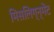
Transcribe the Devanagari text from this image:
मिसलिग्न्मेंट